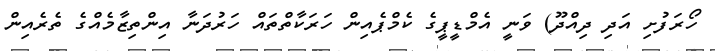
ހޯރަފުށި އަދި ދިއްދޫ) ވަނީ އެމްޑީޕީގެ ކެމްޕެއިން ހަރަކާތްތައް ހަރުދަނާ އިންތިޒާމެއްގެ ތެރެއިން